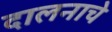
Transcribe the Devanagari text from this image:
दालनाचे